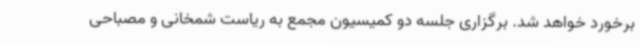
برخورد خواهد شد. برگزاری جلسه دو کمیسیون مجمع به ریاست شمخانی و مصباحی